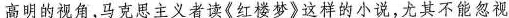
高明的视角，马克思主义者读《红楼梦》这样的小说，尤其不能忽视